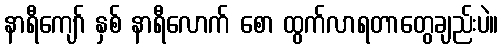
နာရီကျော် နှစ် နာရီလောက် စော ထွက်လာရတာတွေချည်းပဲ။